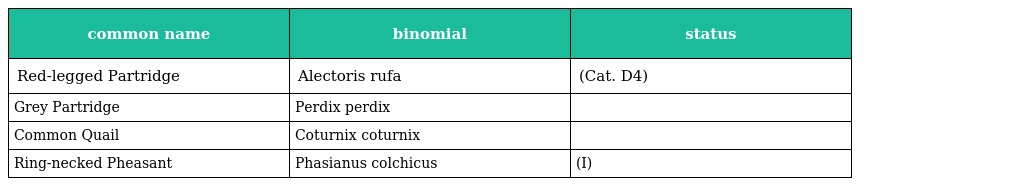
| common name | binomial | status |
 | --- | --- | --- |
 | Red-legged Partridge | Alectoris rufa | (Cat. D4) |
 | Grey Partridge | Perdix perdix |  |
 | Common Quail | Coturnix coturnix |  |
 | Ring-necked Pheasant | Phasianus colchicus | (I) |